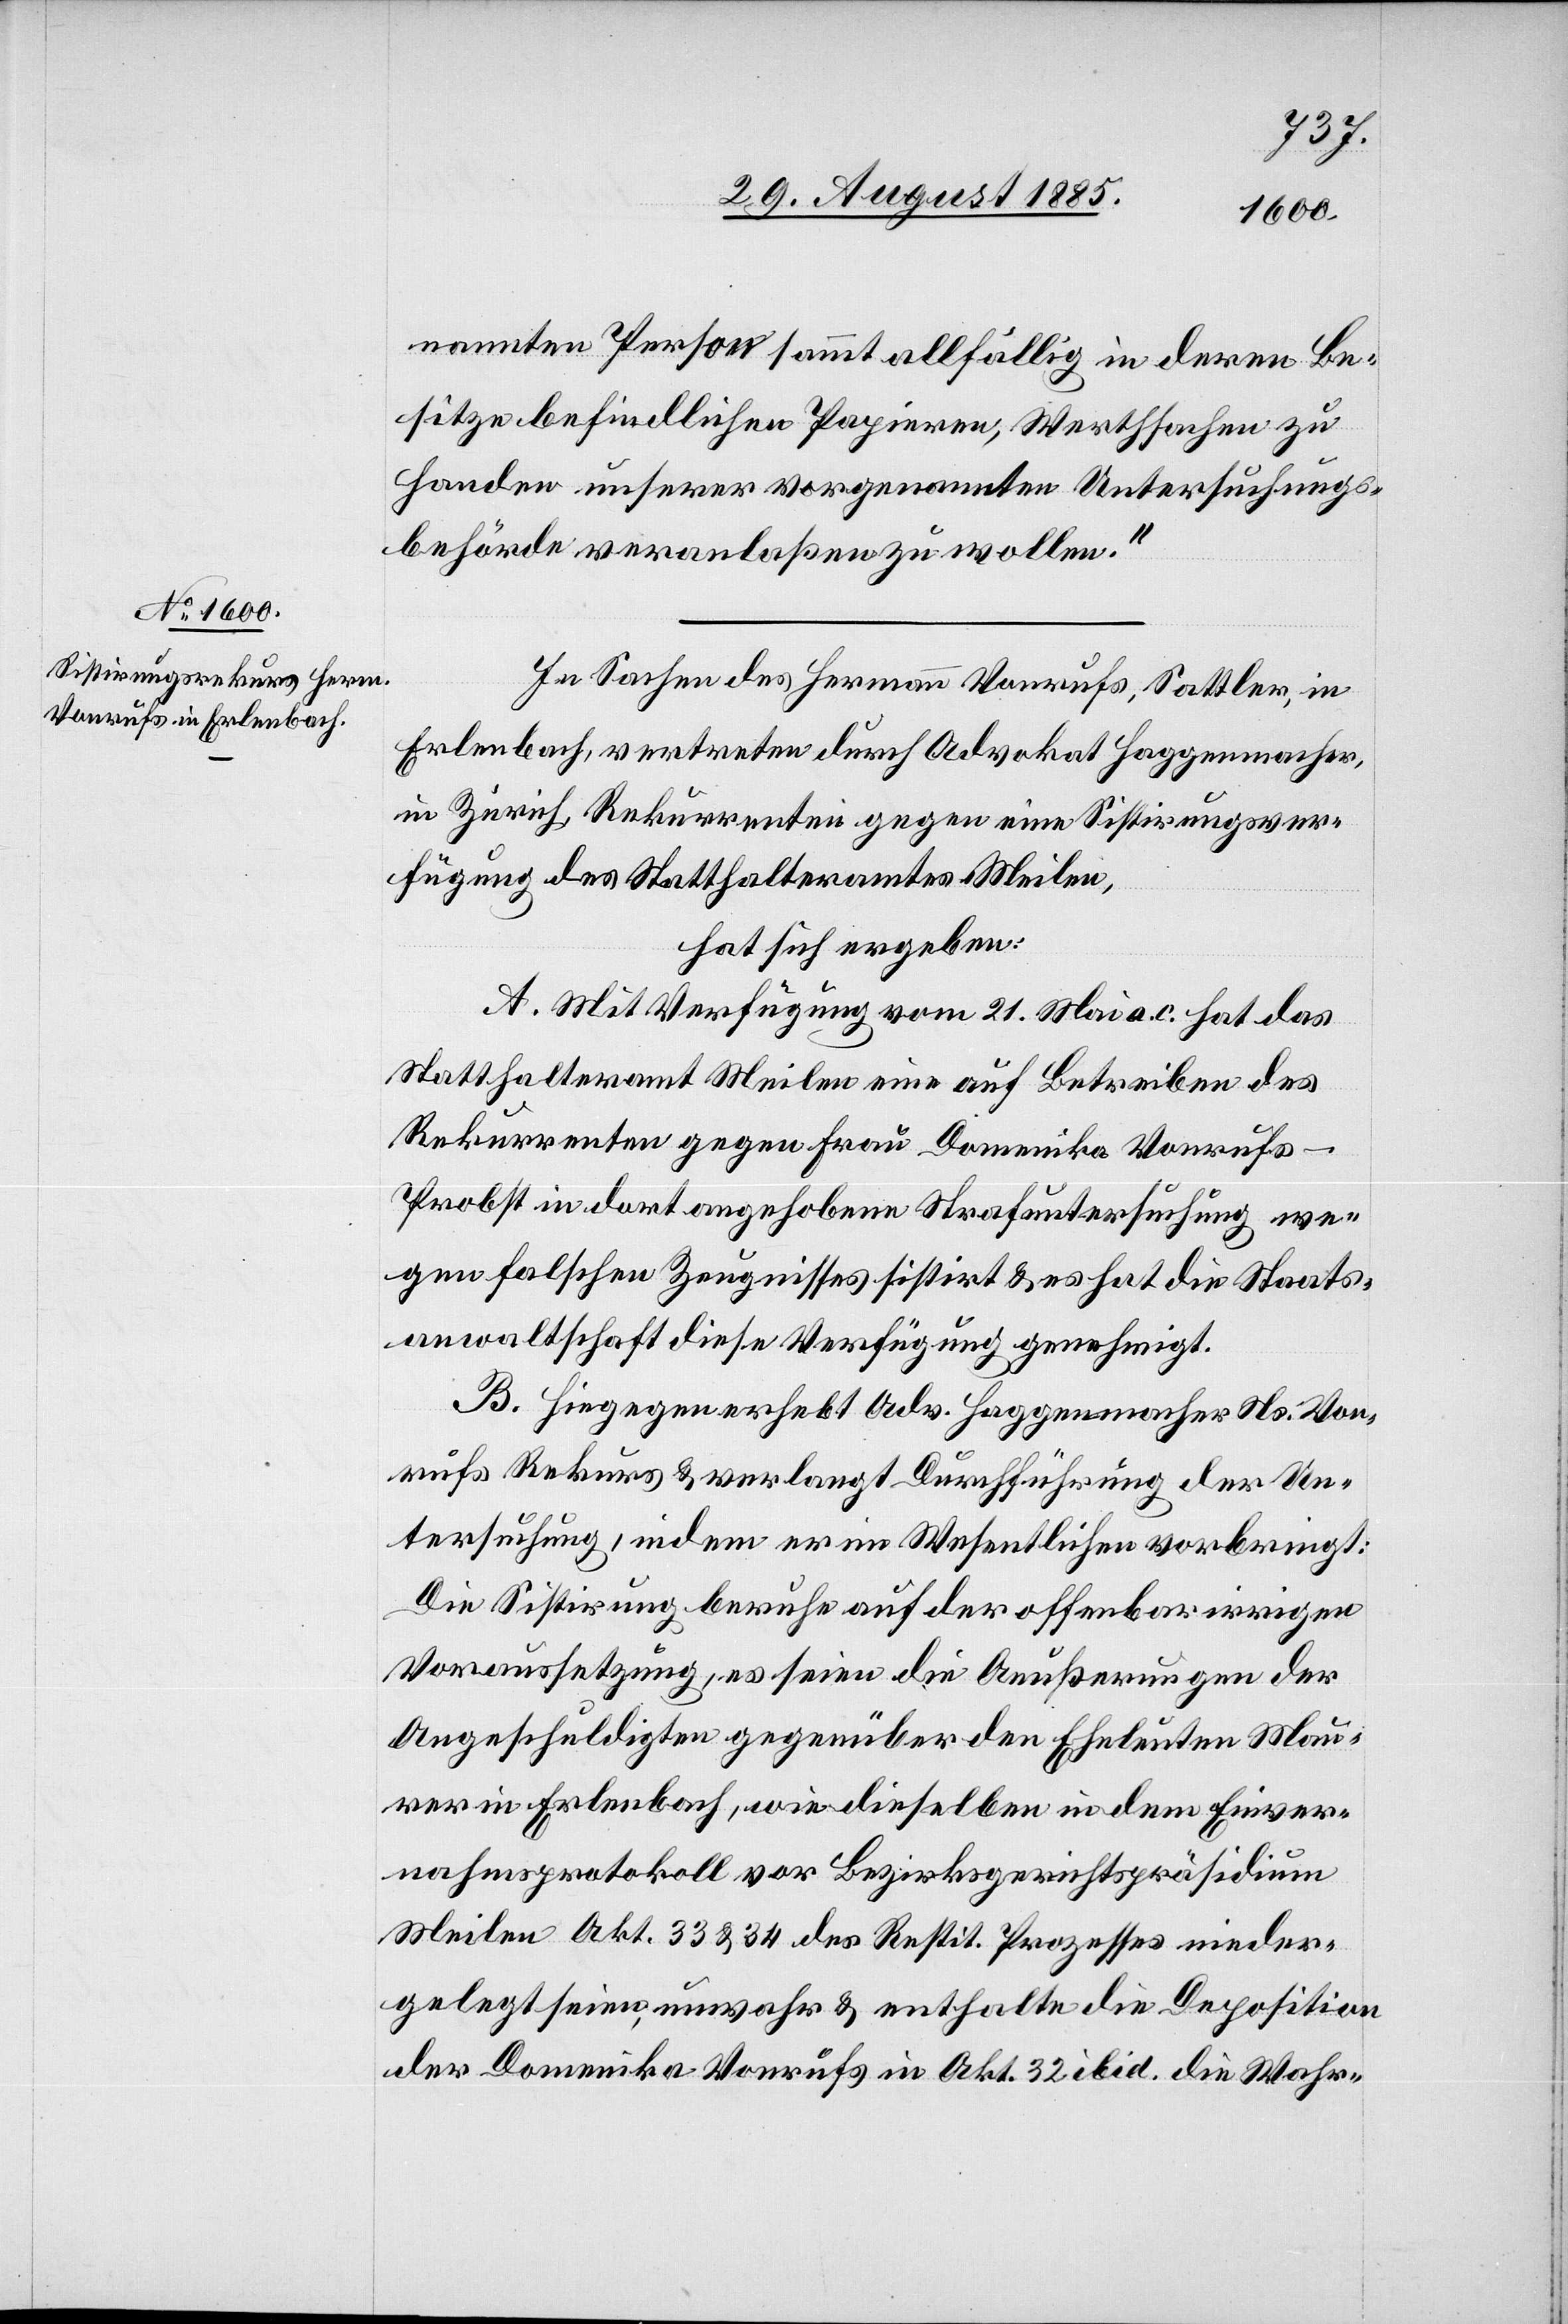
nannten Person sammt allfällig in deren Be¬
sitze befindlichen Papieren, Werthsachen zu
Handen unserer vorgenannten Untersuchungs¬
behörde veranlaßen zu wollen.“
In Sachen des Hermann Vonrufs, Sattler, in
Erlenbach, vertreten durch Advokat Haggenmacher,
in Zürich, Rekurrenten gegen eine Sistirungsver¬
fügung des Statthalteramtes Meilen,
hat sich ergeben:
A. Mit Verfügung vom 21. Mai a. c. hat das
Statthalteramt Meilen eine auf Betreiben des
Rekurrenten gegen Frau Domenika Vonruf¬
s-Probst in dort angehobene Strafuntersuchung we¬
gen falschen Zeugnisses sistirt & es hat die Staats¬
anwaltschaft diese Verfügung genehmigt.
B. Hiegegen erhebt Adv. Haggenmacher Ns. Von¬
rufs Rekurs & verlangt Durchführung der Un¬
tersuchung, indem er im Wesentlichen vorbringt:
Die Sistirung beruhe auf der offenbar irrigen
Voraussetzung, es seien die Aeußerungen der
Angeschuldigten gegenüber den Eheleuten Mau¬
rer in Erlenbach, wie dieselben in dem Einver¬
nahmsprotokoll vor Bezirksgerichtspräsidium
Meilen Akt. 33 & 34 des Resist. Prozesses nieder¬
gelegt seien, unwahr & enthalte die Deposition
der Domenika Vonrufs in Akt. 32 ibid. die Wahr-